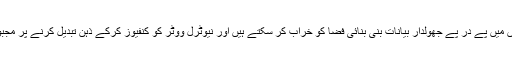
انتخابات کے دنوں میں پے در پے جھولدار بیانات بنی بنائی فضا کو خراب کر سکتے ہیں اور نیوٹرل ووٹر کو کنفیوز کرکے ذہن تبدیل کرنے پر مجبور کرسکتے ہیں۔